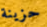
حزينة